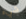
شيء